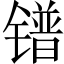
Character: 镨